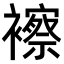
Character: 𧞍